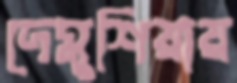
দেমুশিয়ায়